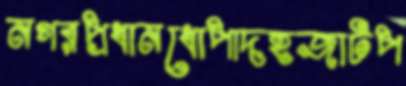
নগরপ্রধানধোপাদহজাটপ